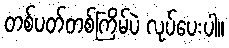
တစ်ပတ်တစ်ကြိမ်ပဲ လုပ်ပေးပါ။